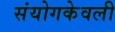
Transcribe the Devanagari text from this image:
संयोगकेवली